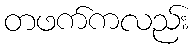
တဖက်ကလည်း